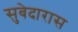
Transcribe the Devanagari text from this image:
सुबेदारास